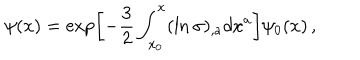
LaTeX: \psi ( x ) = \exp \left[ - \frac { 3 } { 2 } \int _ { x _ { 0 } } ^ { x } ( \ln \sigma ) _ { , a } d x ^ { a } \right] \psi _ { 0 } ( x ) \, { , }